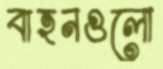
বাহনগুলো